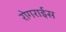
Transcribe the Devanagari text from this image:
रोगराईस